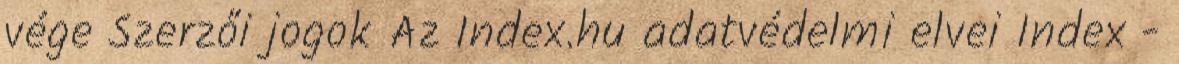
vége Szerzői jogok Az Index.hu adatvédelmi elvei Index -